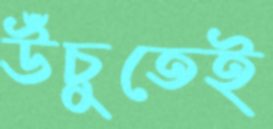
উঁচুতেই